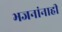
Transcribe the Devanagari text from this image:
भजनांनाही